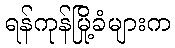
ရန်ကုန်မြို့ခံများက